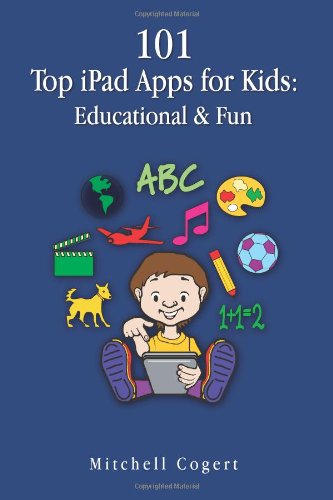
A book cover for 101 Top iPad Apps for Kids: Educational & Fun; Mitchell Cogert; Computers & Technology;